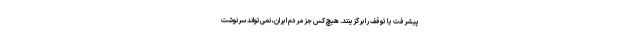
پیشرفت یا توقف را برگزینند. هیچ کس جز مردم ایران، نمی‌تواند سرنوشت